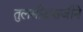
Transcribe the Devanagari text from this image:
तुलसीदासजीने